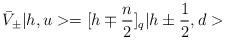
LaTeX: \begin{align*}\bar V_{\pm}|h,u> = [h\mp {n\over 2}]_q |h\pm {1\over 2},d>\end{align*}